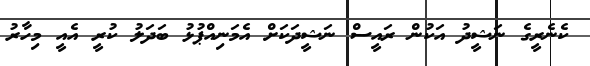
ކެނެރީގެ ނަޝީދު އަކުން ރައީސް ނަޝީދަކަށް އެމަނިއްޕުޅު ބަދަލު ކުރީ އެއީ މިހާރު